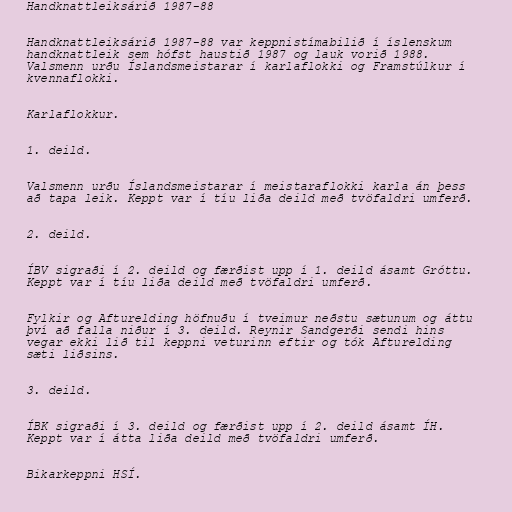
Handknattleiksárið 1987-88

Handknattleiksárið 1987-88 var keppnistímabilið í íslenskum
handknattleik sem hófst haustið 1987 og lauk vorið 1988.
Valsmenn urðu Íslandsmeistarar í karlaflokki og Framstúlkur í
kvennaflokki.

Karlaflokkur.

1. deild.

Valsmenn urðu Íslandsmeistarar í meistaraflokki karla án þess
að tapa leik. Keppt var í tíu liða deild með tvöfaldri umferð.

2. deild.

ÍBV sigraði í 2. deild og færðist upp í 1. deild ásamt Gróttu.
Keppt var í tíu liða deild með tvöfaldri umferð.

Fylkir og Afturelding höfnuðu í tveimur neðstu sætunum og áttu
því að falla niður í 3. deild. Reynir Sandgerði sendi hins
vegar ekki lið til keppni veturinn eftir og tók Afturelding
sæti liðsins.

3. deild.

ÍBK sigraði í 3. deild og færðist upp í 2. deild ásamt ÍH.
Keppt var í átta liða deild með tvöfaldri umferð.

Bikarkeppni HSÍ.